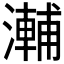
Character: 𭲽